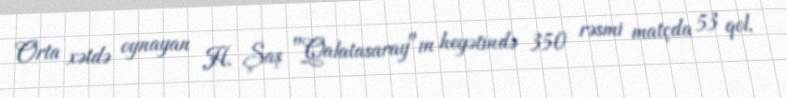
Orta xətdə oynayan H. Şaş "Qalatasaray"ın heyətində 350 rəsmi matçda 53 qol,